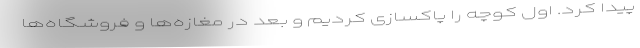
پیدا کرد. اول کوچه را پاکسازی کردیم و بعد در مغازه‌ها و فروشگاه‌ها